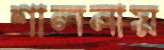
শালনায়